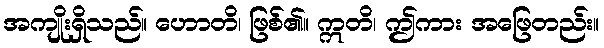
အကျိုးရှိသည်။ ဟောတိ၊ ဖြစ်၏။ ဣတိ၊ ဤကား အဖြေတည်း။